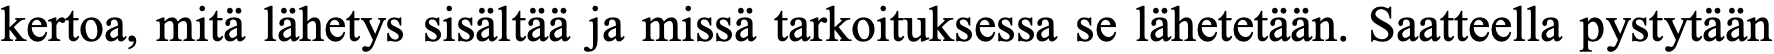
kertoa, mitä lähetys sisältää ja missä tarkoituksessa se lähetetään. Saatteella pystytään